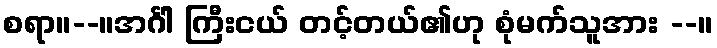
စရာ။--။အင်္ဂါ ကြီးငယ် တင့်တယ်၏ဟု စုံမက်သူအား --။